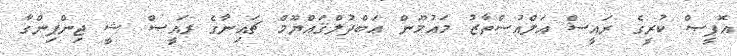
އޮފީސް ކުރީގެ ރައީސް އަލްއުސްތާޒު މައުމޫން ޢަބްދުލްޤައްޔޫމް ޗައިނާގެ ރައީސް ޝީ ޖިންޕިންގާ